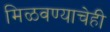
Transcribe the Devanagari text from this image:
मिळवण्याचेही